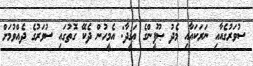
ސުވަރުގެއާއި ނަރަކައާއި މެދު ޞޫފީންގެ ޢަޤީދާ: އެމީހުން ދެކޭ ގޮތުގައި ސުވަރުގެ ދެއްވުމަށް